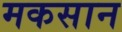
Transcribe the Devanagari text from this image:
मकसान